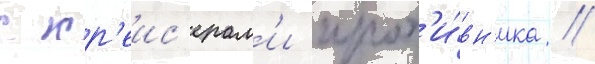
с кр'еис'ерам'и прот'и́вн'ика //